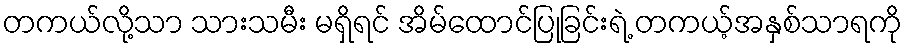
တကယ်လို့သာ သားသမီး မရှိရင် အိမ်ထောင်ပြုခြင်းရဲ့ တကယ့်အနှစ်သာရကို